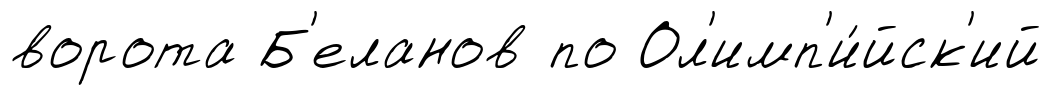
ворота Б'еланов по Ол'имп'и́йск'ий